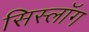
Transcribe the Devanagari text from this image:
सिस्लॉग